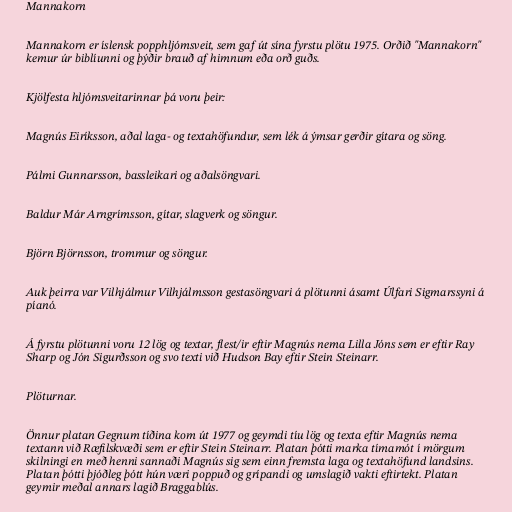
Mannakorn

Mannakorn er íslensk popphljómsveit, sem gaf út sína fyrstu plötu 1975. Orðið "Mannakorn"
kemur úr biblíunni og þýðir brauð af himnum eða orð guðs.

Kjölfesta hljómsveitarinnar þá voru þeir:

Magnús Eiríksson, aðal laga- og textahöfundur, sem lék á ýmsar gerðir gítara og söng.

Pálmi Gunnarsson, bassleikari og aðalsöngvari.

Baldur Már Arngrímsson, gítar, slagverk og söngur.

Björn Björnsson, trommur og söngur.

Auk þeirra var Vilhjálmur Vilhjálmsson gestasöngvari á plötunni ásamt Úlfari Sigmarssyni á
píanó.

Á fyrstu plötunni voru 12 lög og textar, flest/ir eftir Magnús nema Lilla Jóns sem er eftir Ray
Sharp og Jón Sigurðsson og svo texti við Hudson Bay eftir Stein Steinarr.

Plöturnar.

Önnur platan Gegnum tíðina kom út 1977 og geymdi tíu lög og texta eftir Magnús nema
textann við Ræfilskvæði sem er eftir Stein Steinarr. Platan þótti marka tímamót í mörgum
skilningi en með henni sannaði Magnús sig sem einn fremsta laga og textahöfund landsins.
Platan þótti þjóðleg þótt hún væri poppuð og grípandi og umslagið vakti eftirtekt. Platan
geymir meðal annars lagið Braggablús.